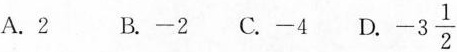
A.2 B.-2C.-4D. -3 \frac{1}{2}